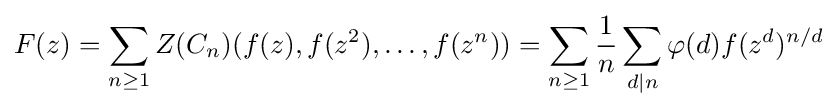
F(z)=\sum _{n\geq 1}Z(C_{n})(f(z),f(z^{2}),\ldots ,f(z^{n}))=\sum _{n\geq 1}{\frac {1}{n}}\sum _{d\mid n}\varphi (d)f(z^{d})^{n/d}